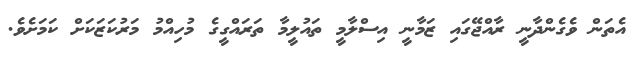
އެތަން ވެގެންދާނީ ރާއްޖޭގައި ޒަމާނީ އިސްލާމީ ތައުލީމާ ތަރައްގީގެ މުހިއްމު މަރުކަޒަކަށް ކަމަށެވެ.